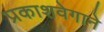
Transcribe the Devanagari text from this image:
प्रकाशवेगाने